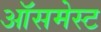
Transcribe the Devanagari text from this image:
ऑसमेस्ट